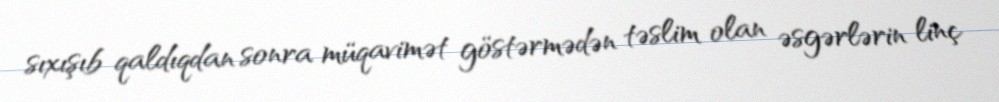
sıxışıb qaldıqdan sonra müqavimət göstərmədən təslim olan əsgərlərin linç